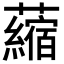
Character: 𧃴